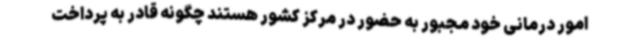
امور درمانی خود مجبور به حضور در مرکز کشور هستند چگونه قادر به پرداخت